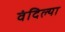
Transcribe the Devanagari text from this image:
वंदिल्या